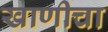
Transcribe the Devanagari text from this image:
खाणीचा